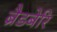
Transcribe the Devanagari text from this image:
ब्रैडबेरि